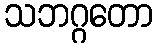
သဘဂ္ဂတော